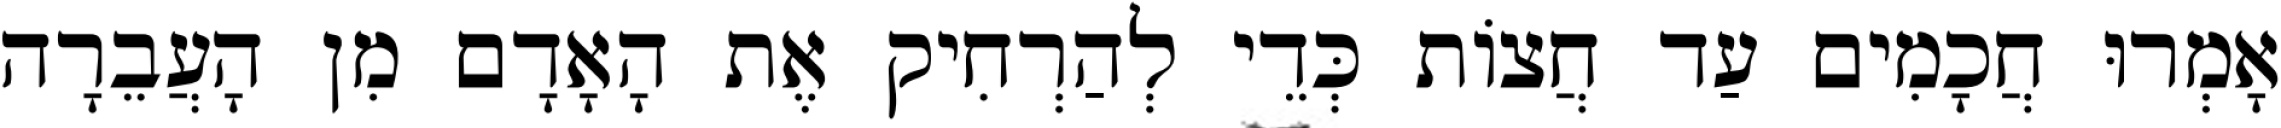
אָמְרוּ חֲכָמִים עַד חֲצוֹת כְּדֵי לְהַרְחִיק אֶת הָאָדָם מִן הָעֲבֵרָה